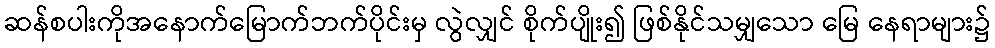
ဆန်စပါးကိုအနောက်မြောက်ဘက်ပိုင်းမှ လွဲလျှင် စိုက်ပျိုး၍ ဖြစ်နိုင်သမျှသော မြေ နေရာများ၌